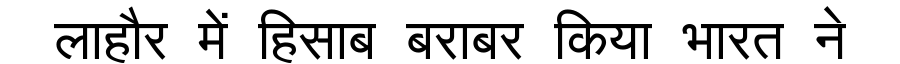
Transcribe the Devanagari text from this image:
लाहौर में हिसाब बराबर किया भारत ने